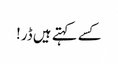
کسے کہتے ہیں ڈر!